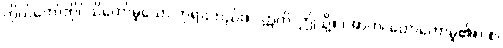
ကိုယ်တော်တိုင်သိတော်မူသော ဘုရားတည်း။” ဣတိ၊ ဤသို့။ (အာဟ၊ ဟောတော်မူ၏။) စ၊